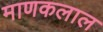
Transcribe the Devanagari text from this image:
माणकलाल